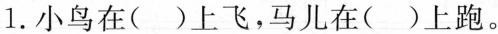
1. 小鸟在( )上飞，马儿在( )上跑。